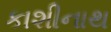
કાશીનાથ